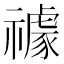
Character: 𥜅